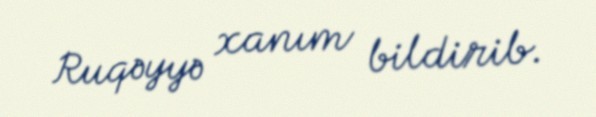
Ruqəyyə xanım bildirib.